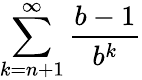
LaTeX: \sum_{k=n+1}^{\infty}{\frac{b-1}{b^{k}}}